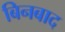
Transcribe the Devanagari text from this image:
बिनबाद